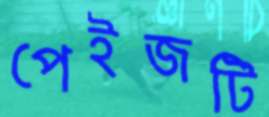
পেইজটি